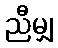
ညီမျှ